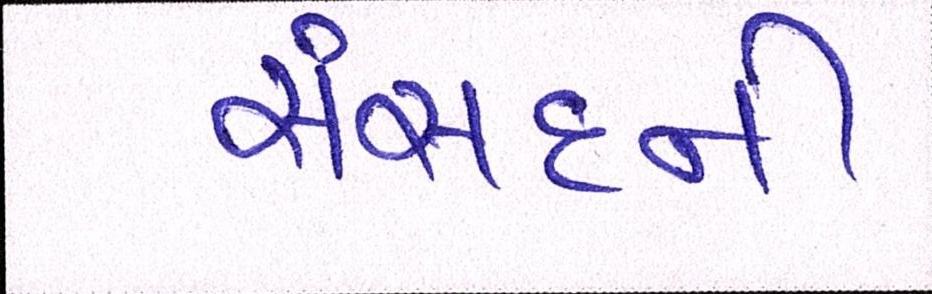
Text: સંસદની